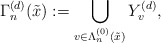
\begin{align*}\Gamma_{n}^{(d)}(\tilde{x}) := \bigcup_{v\in\Lambda_n^{(0)}(\tilde{x})} Y_v^{(d)},\end{align*}